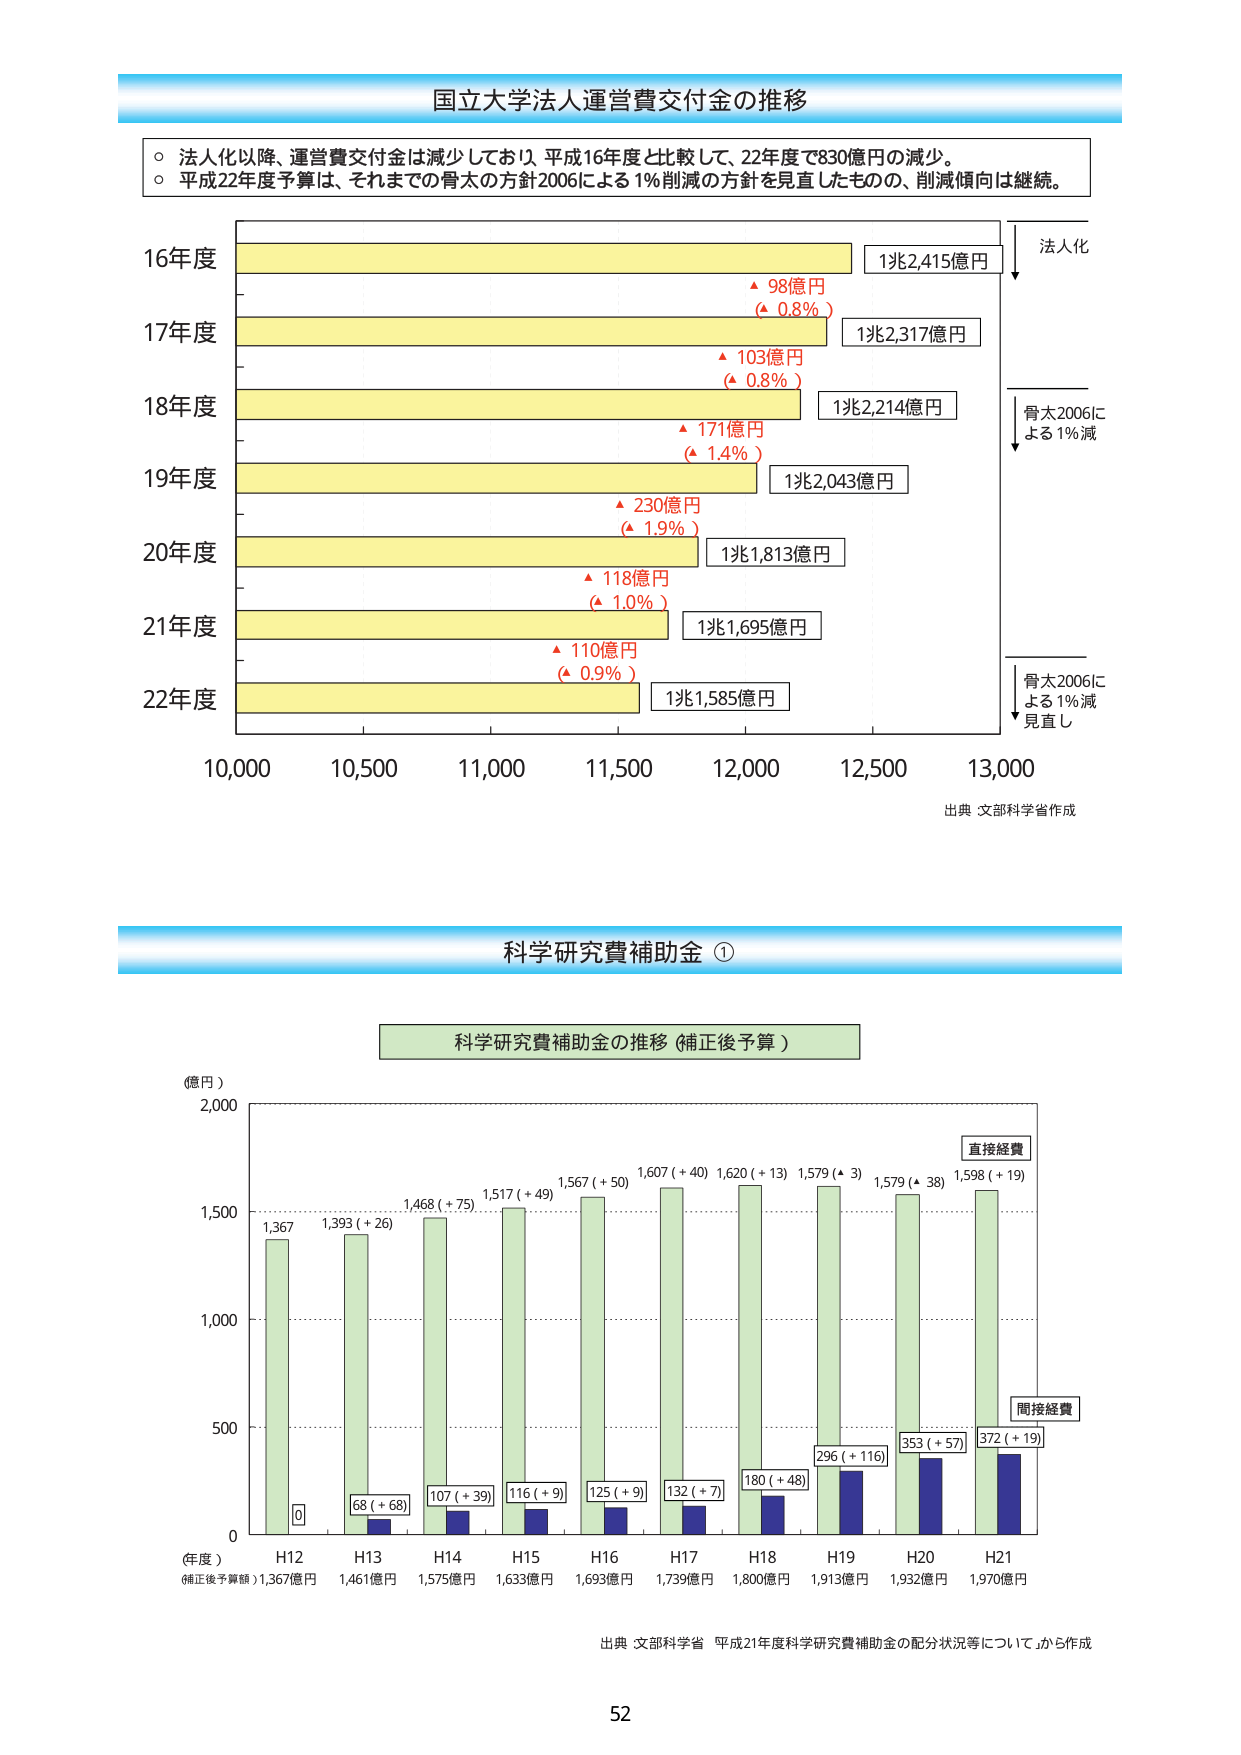
国立大学法人運営費交付金の推移

○ 法人化以降、運営費交付金は減少しており、平成16年度と比較して、22年度で830億円の減少。
○ 平成22年度予算は、それまでの骨太の方針2006による1%削減の方針を見直したもので、削減傾向は継続。

16年度
1兆2,415億円
▲ 98億円
(▲ 0.8%)

17年度
1兆2,317億円
▲ 103億円
(▲ 0.8%)

18年度
1兆2,214億円
▲ 171億円
(▲ 1.4%)

19年度
1兆2,043億円
▲ 230億円
(▲ 1.9%)

20年度
1兆1,813億円
▲ 118億円
(▲ 1.0%)

21年度
1兆1,695億円
▲ 110億円
(▲ 0.9%)

22年度
1兆1,585億円

法人化
骨太2006による1%減
骨太2006による1%減見直し

出典：文部科学省作成

科学研究費補助金 ①

科学研究費補助金の推移（補正後予算）

（億円）
2,000
1,500
1,000
500
0

H12
1,367
0

H13
1,393（+26）
68（+68）

H14
1,468（+75）
107（+39）

H15
1,517（+49）
116（+9）

H16
1,567（+50）
125（+9）

H17
1,607（+40）
132（+7）

H18
1,620（+13）
180（+48）

H19
1,579（+3）
296（+116）

H20
1,579（▲38）
353（+57）

H21
1,598（+19）
372（+19）

直接経費
間接経費

（年度）
補正後予算額）1,367億円 1,461億円 1,575億円 1,633億円 1,693億円 1,739億円 1,800億円 1,913億円 1,932億円 1,970億円

出典：文部科学省 平成21年度科学研究費補助金の配分状況等について」から作成

52